Plague in India, 1896, 1897 - Volume 3
Year: 1896
Disease focus: Plague
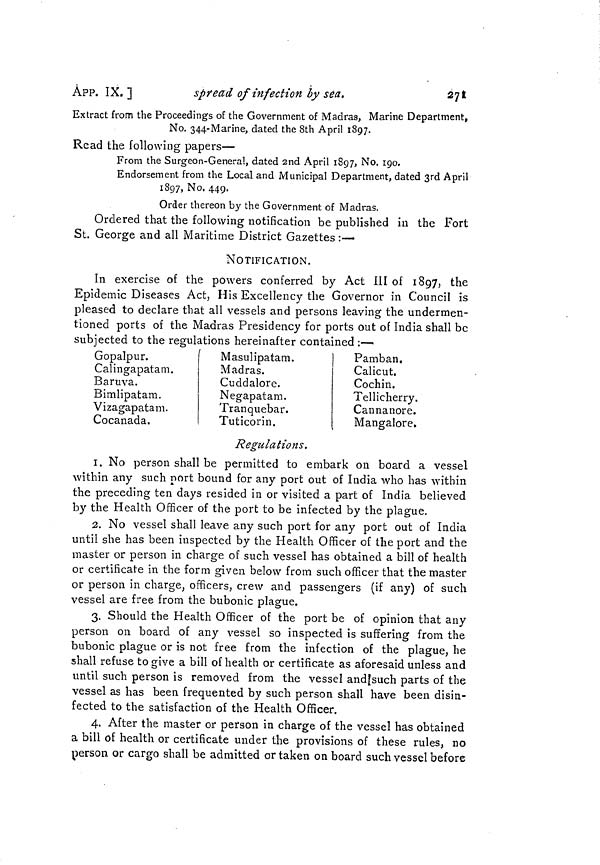
ÀPP. IX.]
spread of infection by sea.
271
Extract from the Proceedings of the Government of Madras, Marine Department,
No. 344-Marine, dated the 8th April 1897.
Read the following papers—
From the Surgeon-Genera!, dated 2nd April 1897, No. 190.
Endorsement from the Local and Municipal Department, dated 3rd April
1897, No. 449.
Order thereon by the Government of Madras.
Ordered that the following notification be published in the Fort
St. George and all Maritime District Gazettes :—
NOTIFICATION.
In exercise of the powers conferred by Act III of 1897, the
Epidemic Diseases Act, His Excellency the Governor in Council is
pleased to declare that all vessels and persons leaving the undermen-
tioned ports of the Madras Presidency for ports out of India shall be
subjected to the regulations hereinafter contained :—
Gopalpur.
Calingapatam.
Baruva.
Bimlipatam. J.
Vizagapatain.
Cocanada.
Masulipatam.
Madras.
Cuddalore.
Negapatam. O L
Tranquebar.
Tuticorin.
Pamban.
Calicut,
Cochin.
Tellicherry. j
Cannanore.
Mangalore.
Regulations.
1. No person shall be permitted to embark on board a vessel
within any such port bound for any port out of India who has within
the preceding ten days resided in or visited a part of India believed
by the Health Officer of the port to be infected by the plague.
2. No vessel shall leave any such port for any port out of India
until she has been inspected by the Health Officer of the port and the
master or person in charge of such vessel has obtained a bill of health
or certificate in the form given below from such officer that the master
or person in charge, officers, crew and passengers (if any) of such
vessel are free from the bubonic plague.
3. Should the Health Officer of the port be of opinion that any
person on board of any vessel so inspected is suffering from the
bubonic plague or is not free from the infection of the plague, he
shall refuse to give a bill of health or certificate as aforesaid unless and
until such person is removed from the vessel and|such parts of the
vessel as has been frequented by such person shall have been disin-
fected to the satisfaction of the Health Officer.
4. After the master or person in charge of the vessel has obtained
a bill of health or certificate under the provisions of these rules, no
person or cargo shall be admitted or taken on board such vessel before